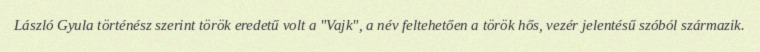
László Gyula történész szerint török eredetű volt a "Vajk", a név feltehetően a török hős, vezér jelentésű szóból származik.